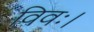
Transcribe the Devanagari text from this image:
विवः।